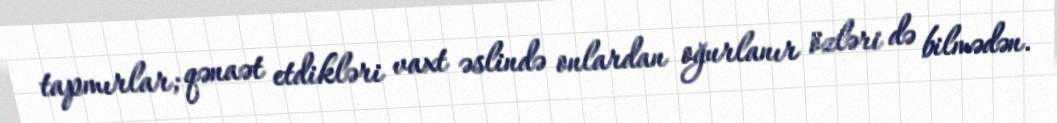
tapmırlar; qənaət etdikləri vaxt əslində onlardan oğurlanır özləri də bilmədən.